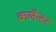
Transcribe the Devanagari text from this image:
कलैन्डर